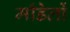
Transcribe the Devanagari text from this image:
माँडेलों